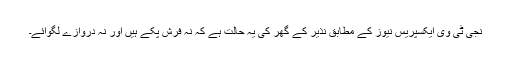
نجی ٹی وی ایکسپریس نیوز کے مطابق نذیر کے گھر کی یہ حالت ہے کہ نہ فرش پکے ہیں اور نہ دروازے لگوائے۔